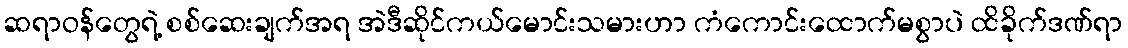
ဆရာဝန်တွေရဲ့ စစ်ဆေးချက်အရ အဲဒီဆိုင်ကယ်မောင်းသမားဟာ ကံကောင်းထောက်မစွာပဲ ထိခိုက်ဒဏ်ရာ